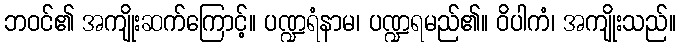
ဘဝင်၏ အကျိုးဆက်ကြောင့်။ ပဏ္ဍရံနာမ၊ ပဏ္ဍရမည်၏။ ဝိပါကံ၊ အကျိုးသည်။